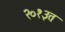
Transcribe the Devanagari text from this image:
२०१३त